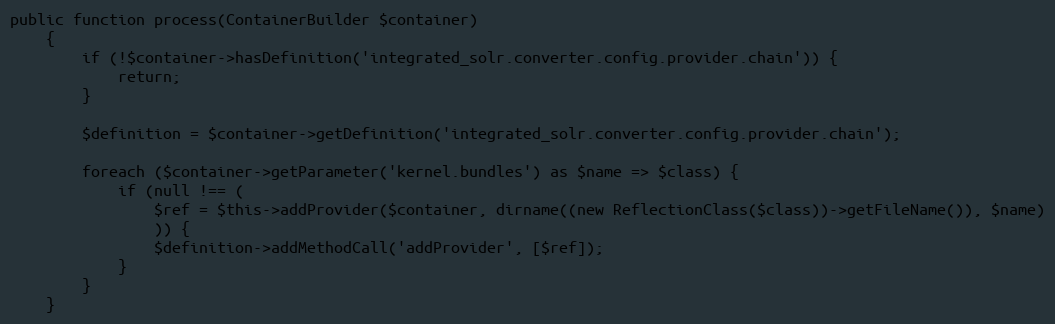
Language: PHP
public function process(ContainerBuilder $container)
    {
        if (!$container->hasDefinition('integrated_solr.converter.config.provider.chain')) {
            return;
        }

        $definition = $container->getDefinition('integrated_solr.converter.config.provider.chain');

        foreach ($container->getParameter('kernel.bundles') as $name => $class) {
            if (null !== (
                $ref = $this->addProvider($container, dirname((new ReflectionClass($class))->getFileName()), $name)
                )) {
                $definition->addMethodCall('addProvider', [$ref]);
            }
        }
    }